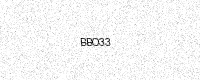
Text: BBO33